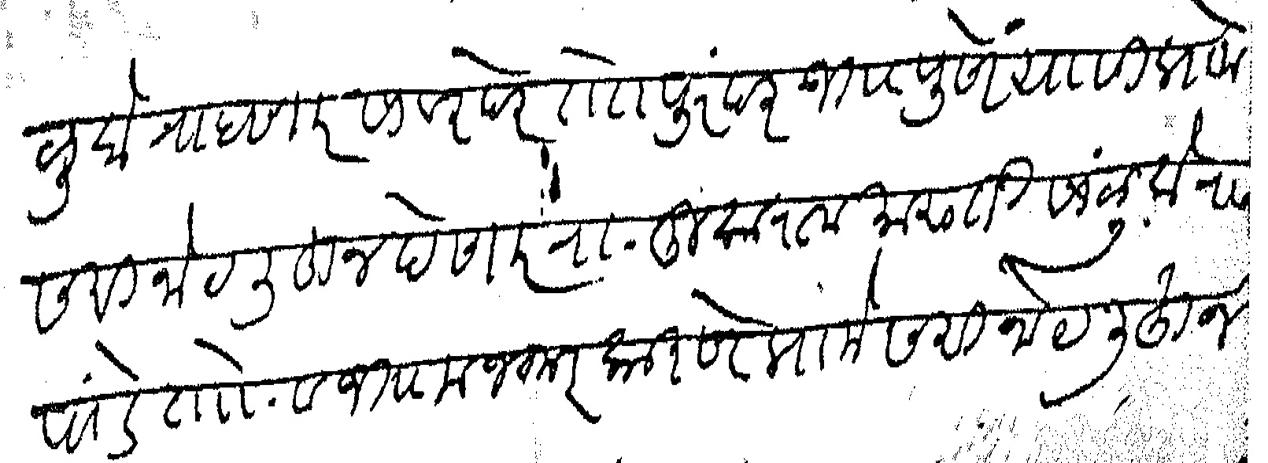
Transliteration (Devanagari): सांळूके राहणार सावरदरे तो पुरंदर जि पुणे यासी प्रामेसरी नोट लिहून देणार रा तुकाराम मारुती सांळूके रा पांडे तो व जि मजकूर कारने प्रामेसरी नोट लिहून